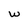
Character: w